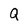
Character: Q